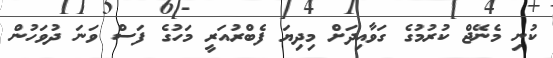
ކުނި މެނޭޖް ކުރުމުގެ ގަވާއިދަށް މިދިޔަ ފެބްރުއަރީ މަހުގެ ފަސް ވަނަ ދުވަހުން